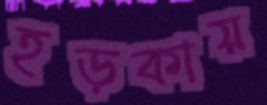
হড়কায়